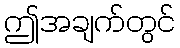
ဤအချက်တွင်